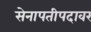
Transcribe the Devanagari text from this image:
सेनापतीपदावर